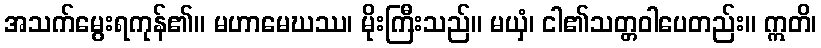
အသက်မွေးရကုန်၏။ မဟာမေဃဿ၊ မိုးကြီးသည်။ မယှံ၊ ငါ၏သတ္တဝါပေတည်း။ ဣတိ၊